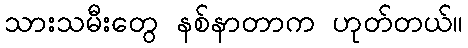
သားသမီးတွေ နစ်နာတာက ဟုတ်တယ်။